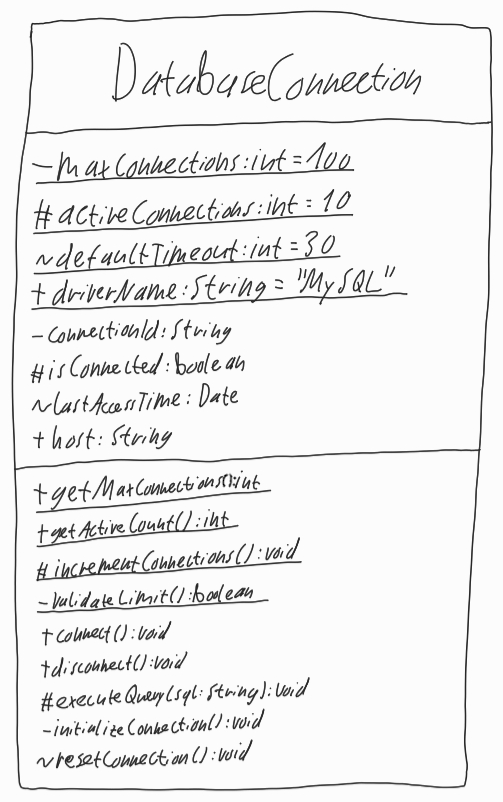
Diagram type: class_diagram
```plantuml
@startuml

class DatabaseConnection {
  - {static} maxConnections: int = 100
  # {static} activeConnections: int = 10
  ~ {static} defaultTimeout: int = 30
  + {static} driverName: String = "MySQL"
  - connectionId: String
  # isConnected: boolean
  ~ lastAccessTime: Date
  + host: String
  + {static} getMaxConnections(): int
  + {static} getActiveCount(): int
  # {static} incrementConnections(): void
  - {static} validateLimit(): boolean
  + connect(): void
  + disconnect(): void
  # executeQuery(sql: String): void
  - initializeConnection(): void
  ~ resetConnection(): void
}

@enduml
```